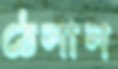
ঠেসান